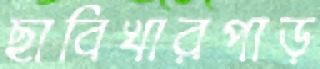
ছাবিখারপাড়